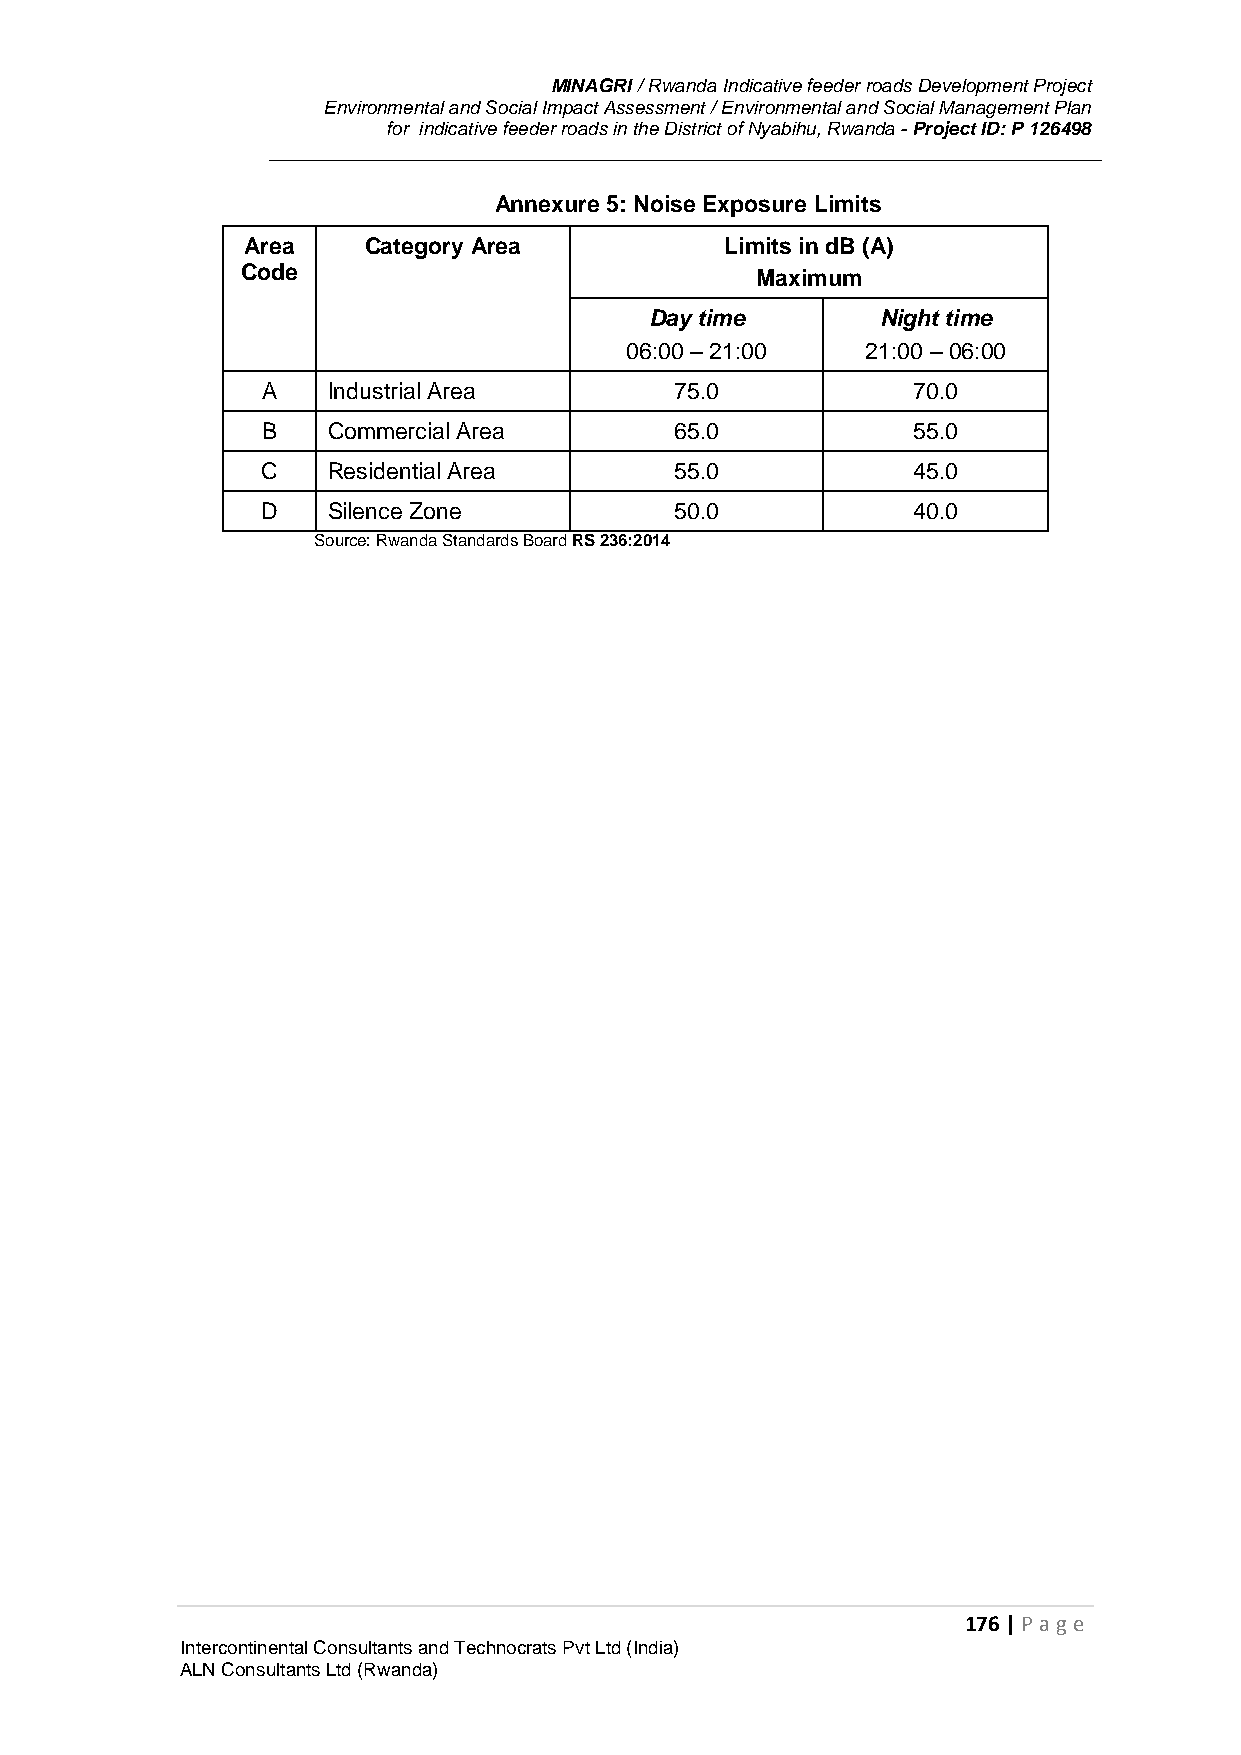
MINAGRI / Rwanda Indicative feeder roads Development Project
 Environmental and Social Impact Assessment / Environmental and Social Management Plan
 for indicative feeder roads in the District of Nyabihu, Rwanda - Project ID: P 126498
 Annexure 5: Noise Exposure Limits
 Area    Category Area           Limits in dB (A)
 Code                              Maximum
 Day time       Night time
 06:00 – 21:00   21:00 – 06:00
 A    Industrial Area        75.0           70.0
 B    Commercial Area        65.0           55.0
 C    Residential Area       55.0           45.0
 D    Silence Zone           50.0           40.0
 Source: Rwanda Standards Board RS 236:2014
 176 | P age
 Intercontinental Consultants and Technocrats Pvt Ltd (India)
 ALN Consultants Ltd (Rwanda)